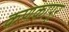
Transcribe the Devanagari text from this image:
कणकापूर